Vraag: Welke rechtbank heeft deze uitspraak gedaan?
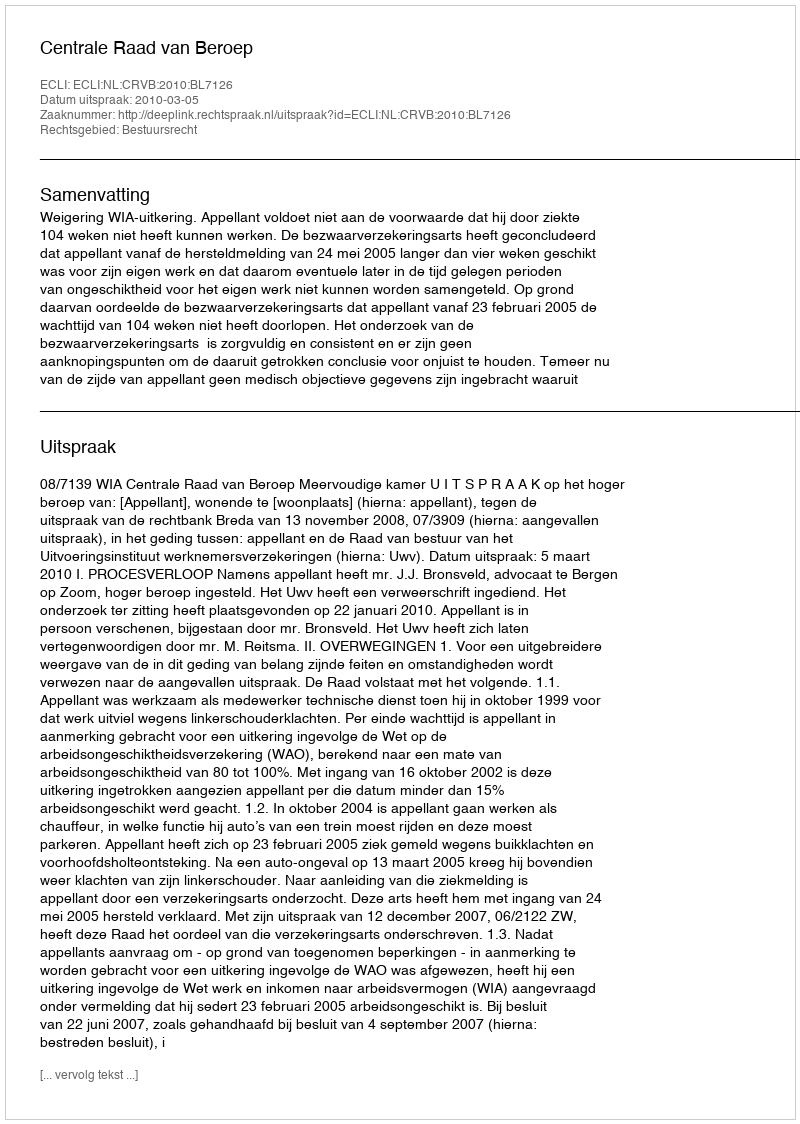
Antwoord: Centrale Raad van Beroep